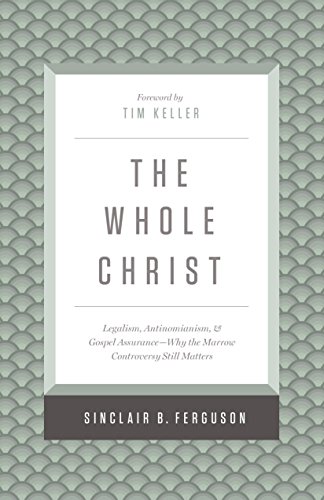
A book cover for The Whole Christ: Legalism, Antinomianism, and Gospel AssuranceEEWhy the Marrow Controversy Still Matters; Sinclair B. Ferguson; Christian Books & Bibles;